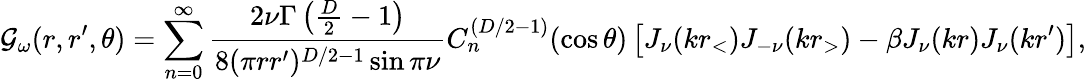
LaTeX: {\cal G}_{\omega}(r,r^{\prime},\theta)=\sum_{n=0}^{\infty}{\frac{2\nu\Gamma\left({\frac{D}{2}}-1\right)}{8(\pi rr^{\prime})^{D/2-1}\sin\pi\nu}}C_{n}^{(D/2-1)}(\cos\theta)\left[J_{\nu}(kr_{<})J_{-\nu}(kr_{>})-\beta J_{\nu}(kr)J_{\nu}(kr^{\prime})\right],